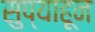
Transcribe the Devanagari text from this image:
सुप्याहून